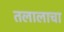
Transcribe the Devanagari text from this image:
तलालाचा